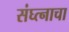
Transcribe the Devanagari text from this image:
संघ्त्नाचा